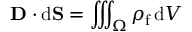
\mathbf { D } \cdot \mathrm { d } \mathbf { S } = \iiint _ { \Omega } \rho _ { \mathrm { f } } \, \mathrm { d } V